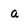
Character: a